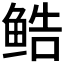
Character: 𬶔